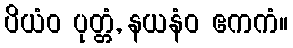
ပိယံဝ ပုတ္တံ, နယနံဝ ဧကကံ။